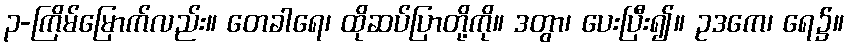
၃-ကြိမ်မြောက်လည်း။ တေခါရေ၊ ထိုဆပ်ပြာတို့ကို။ ဒတွာ၊ ပေးပြီး၍။ ဥဒကေ၊ ရေ၌။